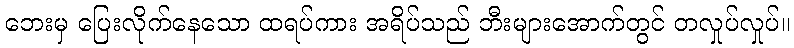
ဘေးမှ ပြေးလိုက်နေသော ထရပ်ကား အရိပ်သည် ဘီးများအောက်တွင် တလှုပ်လှုပ်။